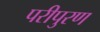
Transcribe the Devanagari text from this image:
परीपुरण